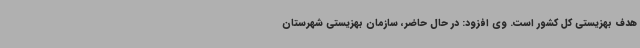
هدف بهزیستی کل کشور است. وی افزود: در حال حاضر، سازمان بهزیستی شهرستان